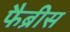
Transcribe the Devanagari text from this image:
फैब्रीस